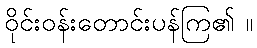
ဝိုင်းဝန်းတောင်းပန်ကြ၏ ။